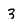
Character: 3